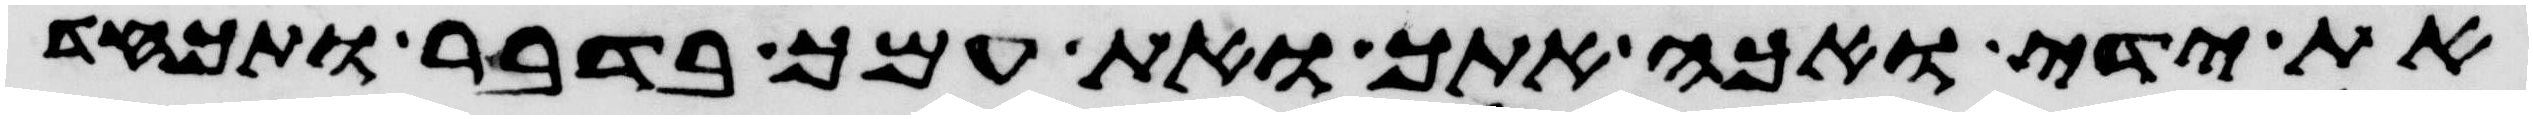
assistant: את ידי ואכה אתך ואת עמך בדבר ותכחד